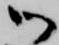
御